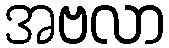
အဗလာ